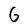
Character: G